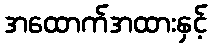
အထောက်အထားနှင့်